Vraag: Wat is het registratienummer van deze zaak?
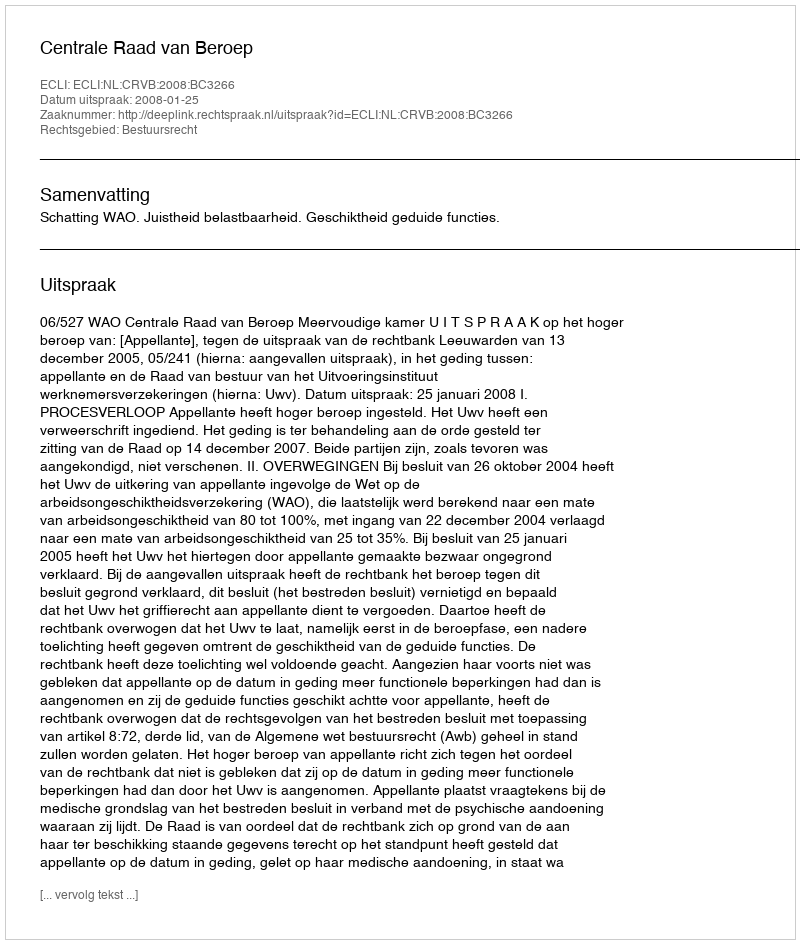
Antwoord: http://deeplink.rechtspraak.nl/uitspraak?id=ECLI:NL:CRVB:2008:BC3266